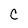
Character: c